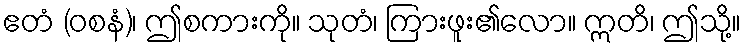
ဧတံ (ဝစနံ)၊ ဤစကားကို။ သုတံ၊ ကြားဖူး၏လော။ ဣတိ၊ ဤသို့။